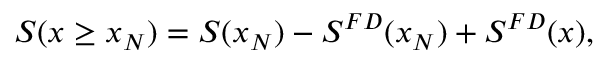
S ( x \ge x _ { N } ) = S ( x _ { N } ) - S ^ { F D } ( x _ { N } ) + S ^ { F D } ( x ) ,